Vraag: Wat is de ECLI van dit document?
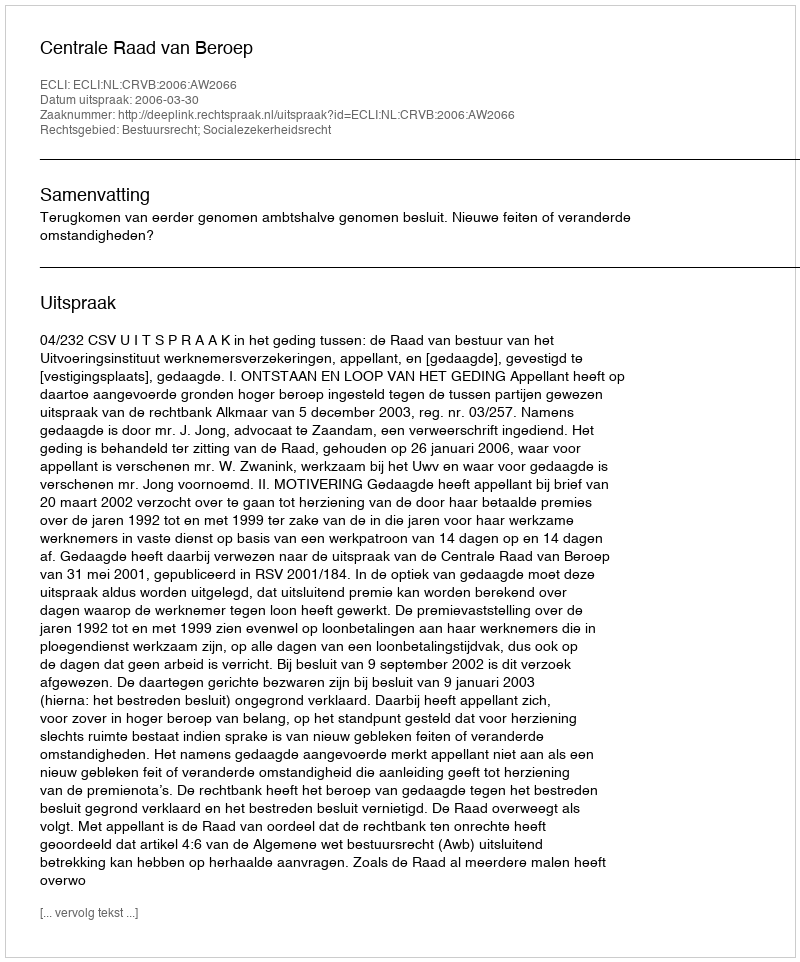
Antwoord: ECLI:NL:CRVB:2006:AW2066